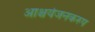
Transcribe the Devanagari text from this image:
आश्चर्यजनकरुप